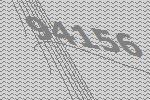
94156